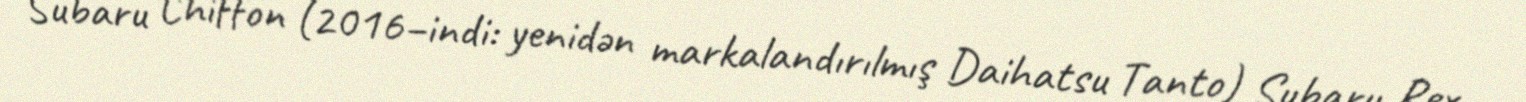
Subaru Chiffon (2016–indi: yenidən markalandırılmış Daihatsu Tanto) Subaru Rex